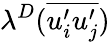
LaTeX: \lambda^{D}(\overline{{u_{i}^{\prime}u_{j}^{\prime}}})